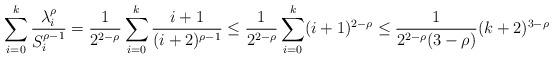
LaTeX: \begin{align*}\sum_{i=0}^k\frac{\lambda_i^\rho}{S_i^{\rho-1}}=\frac{1}{2^{2-\rho}}\sum_{i=0}^k\frac{i+1}{(i+2)^{\rho-1}} \leq \frac{1}{2^{2-\rho}}\sum_{i=0}^k(i+1)^{2-\rho} \leq \frac{1}{2^{2-\rho}(3-\rho)}(k+2)^{3-\rho}\end{align*}